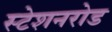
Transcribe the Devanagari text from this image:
स्टेशनरोड